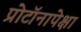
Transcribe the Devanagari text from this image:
प्रोटॉनापेक्षा